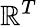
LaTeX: \mathbb{R}^{T}